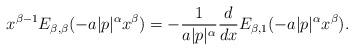
LaTeX: \begin{align*}x^{\beta-1}E_{\beta, \beta}(-a|p|^{\alpha}x^{\beta})=-\frac{1}{a|p|^{\alpha}}\frac{d}{dx}E_{\beta,1}(-a|p|^{\alpha}x^{\beta}).\end{align*}